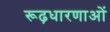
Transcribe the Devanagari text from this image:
रूढ़धारणाओं